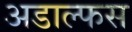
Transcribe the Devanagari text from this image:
अडाल्फस